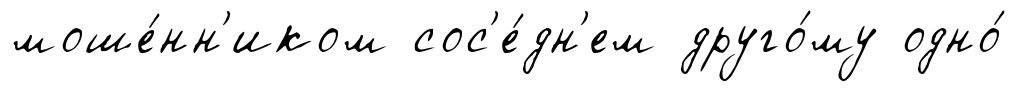
моше́нн'иком сос'е́дн'ем друго́му одно́